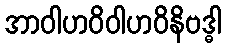
အာဝါဟဝိဝါဟဝိနိဗဒ္ဓါ